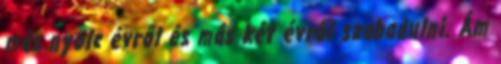
más nyolc évről és más két évről szabadulni. Ám